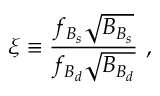
\xi \equiv \frac { f _ { B _ { s } } \sqrt { B _ { B _ { s } } } } { f _ { B _ { d } } \sqrt { B _ { B _ { d } } } } \ ,